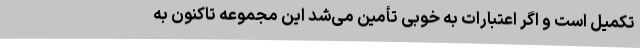
تکمیل است و اگر اعتبارات به خوبی تأمین می‌شد این مجموعه تاکنون به